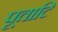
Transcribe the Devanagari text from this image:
पूताटि